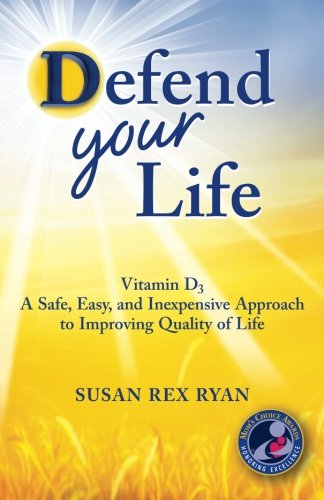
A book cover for Defend Your Life: Vitamin D3 A Safe, Easy, and Inexpensive Approach to Improving Quality of Life; Susan Rex Ryan; Medical Books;